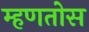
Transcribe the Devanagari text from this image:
म्हणतोस